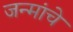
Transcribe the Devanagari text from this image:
जन्मांचे